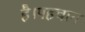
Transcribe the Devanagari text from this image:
है।पहचान